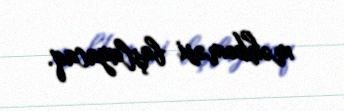
məhkəməsi başlayacaq.